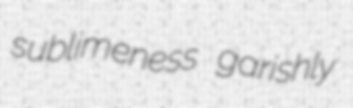
sublimeness garishly